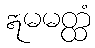
ဣမမတ္ထံ